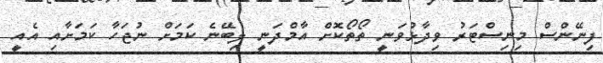
ފިނޭންސް މިނިސްޓަރު ވިދާޅުވަނީ ތޯތޯކޮށް އާމްދަނީ ލިބޭނެ ކަމަށް ނުޖަހާ ކަމަށާއި އެއީ